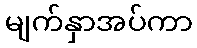
မျက်နှာအပ်ကာ